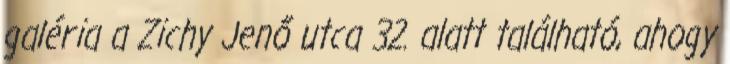
galéria a Zichy Jenő utca 32. alatt található, ahogy